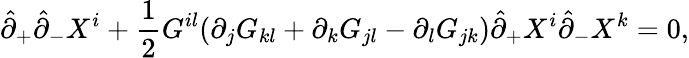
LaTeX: \hat{\partial}_{+}\hat{\partial}_{-}X^{i}+\frac{1}{2}G^{il}(\partial_{j}G_{kl}+\partial_{k}G_{jl}-\partial_{l}G_{jk})\hat{\partial}_{+}X^{i}\hat{\partial}_{-}X^{k}=0,